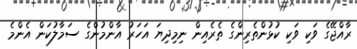
ރާއްޖޭގެ ވަކި ވަކި ކުޅުންތެރިންގެ ތެރެއިން ނިމިދިޔަ އަހަރު އާންމުންގެ ސަމާލުކަން އެންމެ